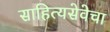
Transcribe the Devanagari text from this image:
साहित्यसेवेचा